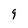
Character: g